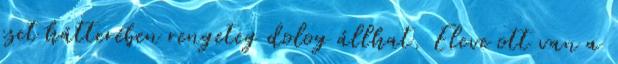
eset hátterében rengeteg dolog állhat. Eleve ott van a